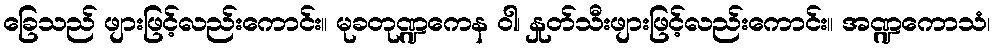
ခြေသည် ဖျားဖြင့်လည်းကောင်း။ မုခတုဏ္ဍကေန ဝါ၊ နှုတ်သီးဖျားဖြင့်လည်းကောင်း။ အဏ္ဍကောသံ၊